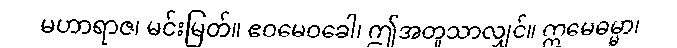
မဟာရာဇ၊ မင်းမြတ်။ ဧဝမေဝခေါ၊ ဤအတူသာလျှင်။ ဣမေဓမ္မာ၊